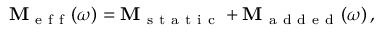
\mathbf { M } _ { \mathrm { ~ e ~ f ~ f ~ } } ( \omega ) = \mathbf { M } _ { \mathrm { ~ s ~ t ~ a ~ t ~ i ~ c ~ } } + \mathbf { M } _ { \mathrm { ~ a ~ d ~ d ~ e ~ d ~ } } ( \omega ) \, ,